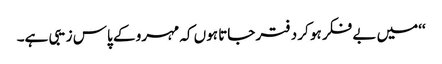
‘‘میں بے فکر ہو کر دفتر جاتا ہوں کہ مہرو کے پاس زیبی ہے۔